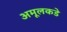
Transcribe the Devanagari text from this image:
अमूलकडे